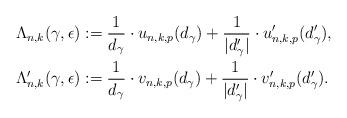
LaTeX: \begin{align*}\Lambda_{n,k}(\gamma, \epsilon)&:= \frac{1}{d_{\gamma}}\cdot u_{n,k,p}(d_{\gamma}) + \frac{1}{|d'_{\gamma}|} \cdot u'_{n,k,p}(d'_{\gamma}),\\\Lambda'_{n,k}(\gamma, \epsilon)&:= \frac{1}{d_{\gamma}}\cdot v_{n,k,p}(d_{\gamma}) + \frac{1}{|d'_{\gamma}|} \cdot v'_{n,k,p}(d'_{\gamma}).\end{align*}